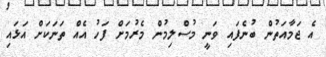
އެ ޖަމާއަތުން ބުނެފައި ވަނީ މުސްލިމުން މެރުމަށް ފަހު އެއް ތަނަކަށް އަޅައި